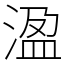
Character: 溋